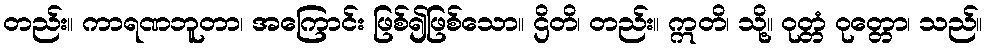
တည်း။ ကာရဏဘူတာ၊ အကြောင်း ဖြစ်၍ဖြစ်သော။ ဌိတိ၊ တည်း။ ဣတိ၊ သို့။ ဝုတ္တံ ဝုတ္တော၊ သည်။